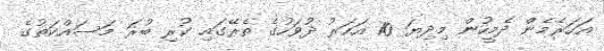
އަހަރެމެން ދެމީހުން މިދިޔަ 10 އަހަރު ދުވަހުގެ ތެރޭގައި ކުރި ބުރަ މަސައްކަތުގެ